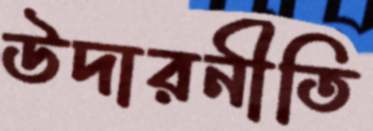
উদারনীতি